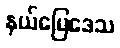
နယ်မြေဒေသ